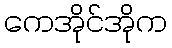
ကေအိုင်အိုက